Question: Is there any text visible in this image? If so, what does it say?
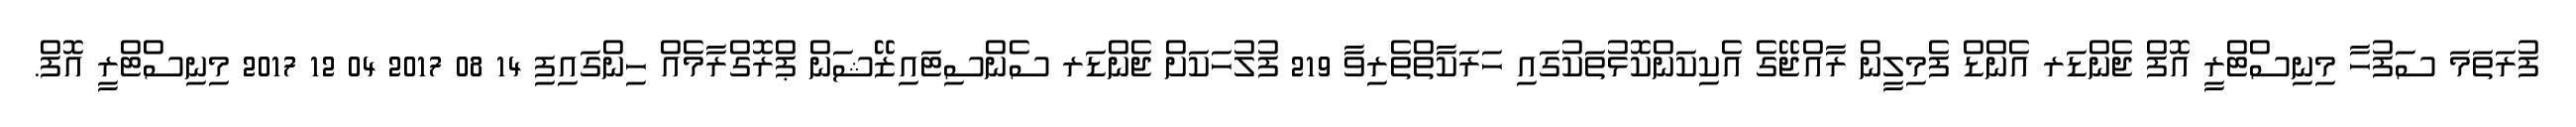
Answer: ފުރަތަމަ ސަފުހާ މިނިސްޓްރީ އޮފް ޖެންޑަރ އެންޑް ފެމިލީން ރާއްޖޭގެ އެކިކަންކޮޅުތަކުގައި ހަރަކާތްތެރިވާ 219 ފުލުހަކަށް ޖެންޑަރ ސެންސިޓައިޒޭޝަން ޕްރޮގްރާމެއް ހިންގައިފި 14 08 2017 04 12 2017 މިނިސްޓްރީ އޮފް.